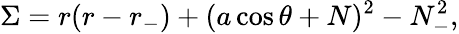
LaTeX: \Sigma=r(r-r_{-})+(a\cos\theta+N)^{2}-N_{-}^{2},